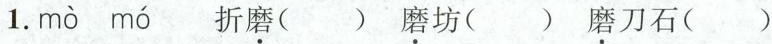
1.mò mó 折\underset{·}{磨}( ) \underset{·}{磨}坊( ) \underset{·}{磨}刀石( )